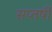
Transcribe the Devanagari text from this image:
सप्तर्षीं